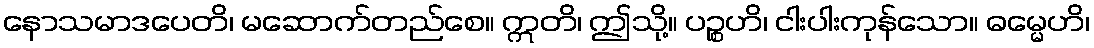
နောသမာဒပေတိ၊ မဆောက်တည်စေ။ ဣတိ၊ ဤသို့။ ပဉ္စဟိ၊ ငါးပါးကုန်သော။ ဓမ္မေဟိ၊